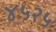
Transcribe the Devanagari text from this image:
४५२५